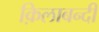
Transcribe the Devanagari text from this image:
क़िलाबन्दी